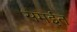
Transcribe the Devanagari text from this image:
समईत